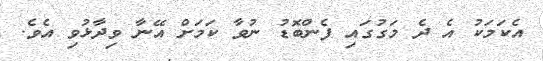
އެކަމަކު އެ ދެ މަގުގައި ފެންބޮޑު ނުވާ ކަމަށް އޭނާ ވިދާޅުވި އެވެ.